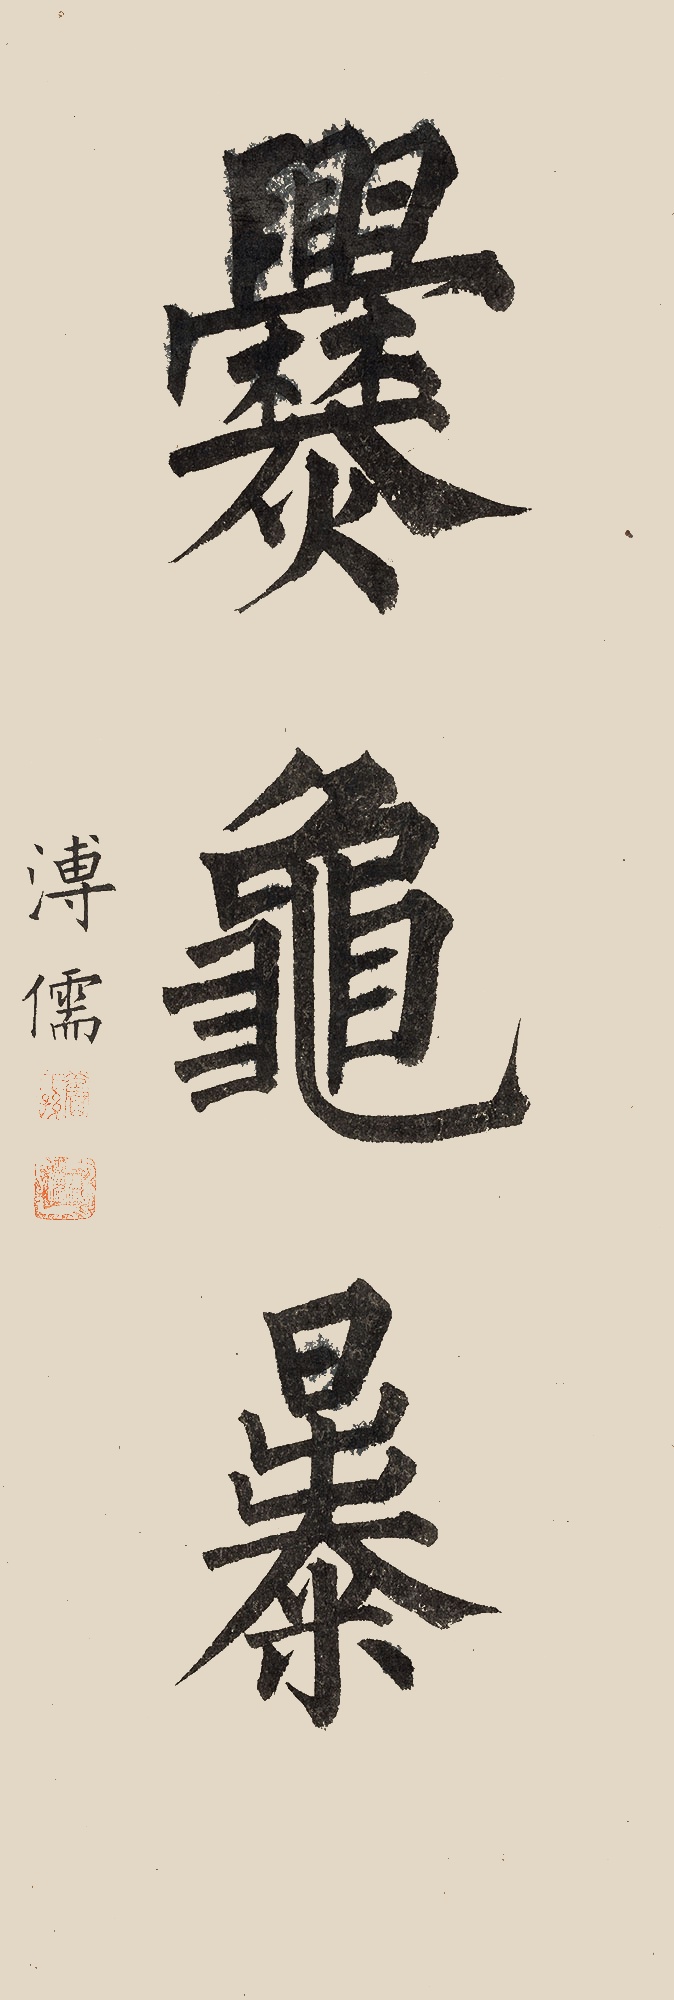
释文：爨龟暴溥儒。